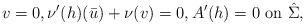
LaTeX: \begin{align*} v= 0, \nu'(h) (\bar u) + \nu(v)=0, A'(h)=0 \mbox{ on } \hat \Sigma,\end{align*}